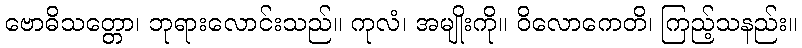
ဗောဓိသတ္တော၊ ဘုရားလောင်းသည်။ ကုလံ၊ အမျိုးကို။ ဝိလောကေတိ၊ ကြည့်သနည်း။